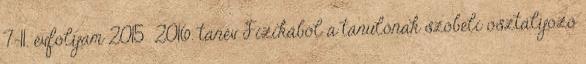
7-11. évfolyam 2015 2016. tanév Fizikából a tanulónak szóbeli osztályozó